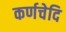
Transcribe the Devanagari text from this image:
कर्णचेदि